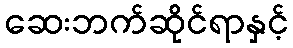
ဆေးဘက်ဆိုင်ရာနှင့်